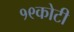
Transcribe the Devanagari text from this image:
१९कोटी